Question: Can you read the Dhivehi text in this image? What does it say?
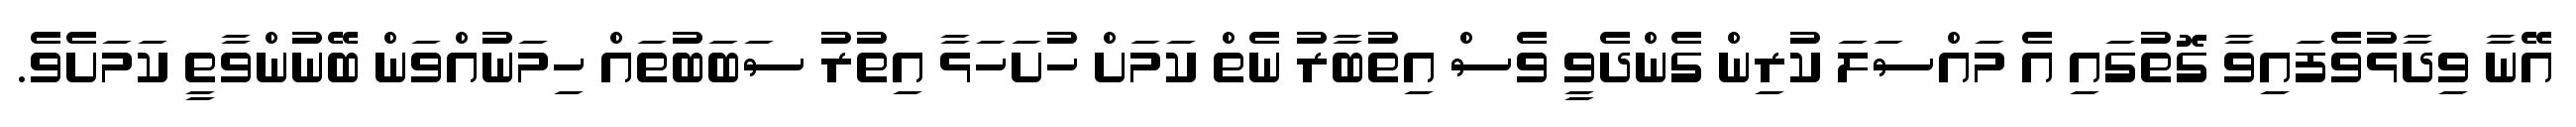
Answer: އޭނާ ވިދާޅުވެފައިވާ ގޮތުގައި އެ މައްސަލަ ކުރިން ގެންދެވީ ވެސް އިތުބާރު ނެތް ކަމަށް ހުށަހަޅާ އިތުރު ސަބަބުތައް ހިމަނުއްވަން ބޭނުންވާތީ ކަމަށެވެ.